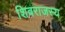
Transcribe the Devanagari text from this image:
शिवराजस्य